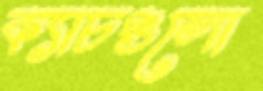
ক্যাচগুলো